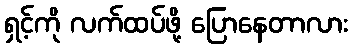
ရှင့်ကို လက်ထပ်ဖို့ ပြောနေတာလား